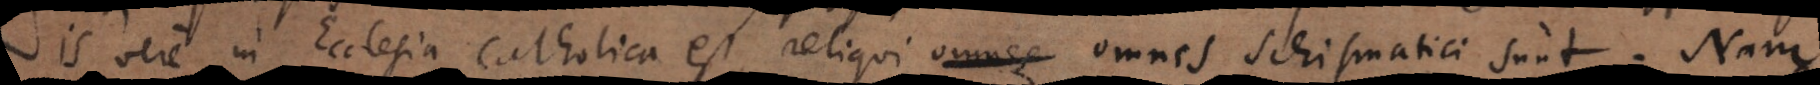
is vere in Ecclesia Catholica est, reliqui omnes schismatici sunt. Nam